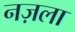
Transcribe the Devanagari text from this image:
नज़ला